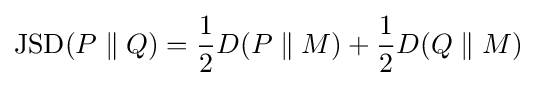
{\rm {JSD}}(P\parallel Q)={\frac {1}{2}}D(P\parallel M)+{\frac {1}{2}}D(Q\parallel M)